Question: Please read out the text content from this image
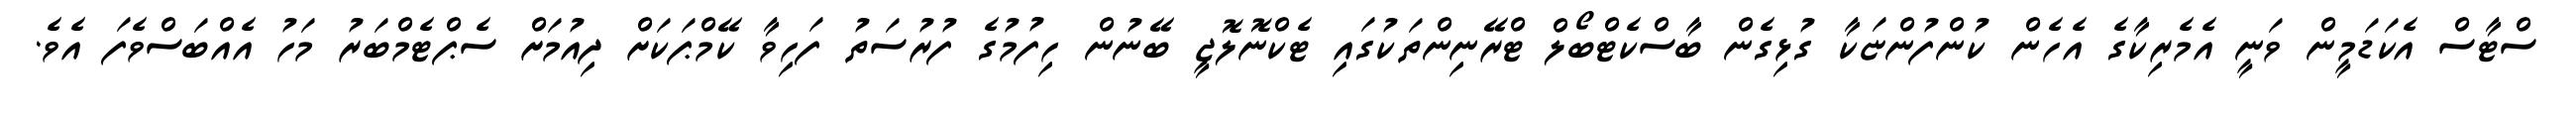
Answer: ސްޓާސް އެކަޑަމީން ވަނީ އެމެރިކާގެ އެހެން ކުންފުންޏަކާ ގުޅިގެން ބާސްކެޓްބޯލް ޓްރޭނިންތަކުގައި ޓެކްނޮލޮޖީ ބޭނުން ހިފުމުގެ ފުރުސަތު ފަހިވާ ކޭމްޕަކަށް ދިއުމަށް ސެޕްޓެމްބަރު މަހު އެއްބަސްވެފަ އެވެ.